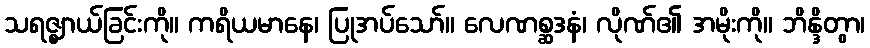
သရဇ္ဈာယ်ခြင်းကို။ ကရိယမာနေ၊ ပြုအပ်သော်။ လေဏစ္ဆဒနံ၊ လိုဏ်၏ အမိုးကို။ ဘိန္ဒိတွာ၊